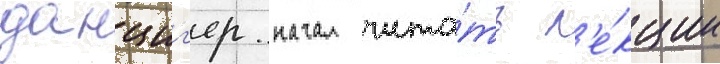
данциг'ер начал чита́ть л'е́кции